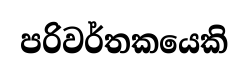
පරිවර්තකයෙකි